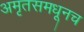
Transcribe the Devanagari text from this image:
अमृतसमधूनच